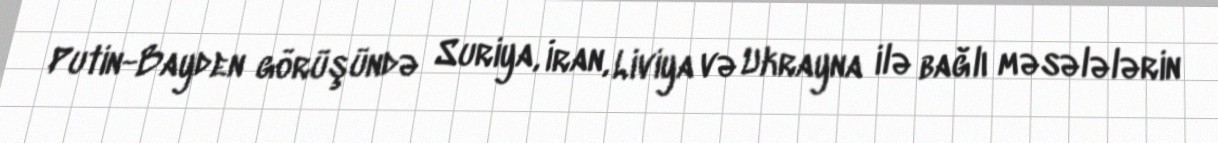
Putin-Bayden görüşündə Suriya, İran, Liviya və Ukrayna ilə bağlı məsələlərin